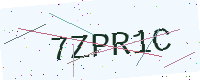
Text: 7ZPR1C